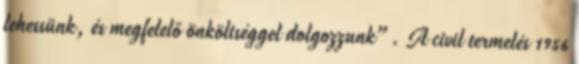
lehessünk, és megfelelő önköltséggel dolgozzunk”. A civil termelés 1956